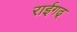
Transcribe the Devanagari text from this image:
राईगढ्